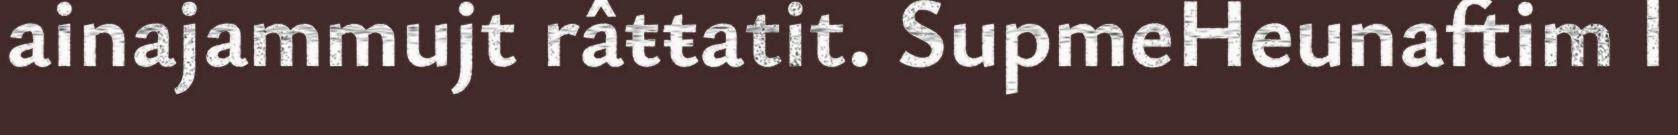
ainajammujt râŧŧatit. SupmeHeunaftim l